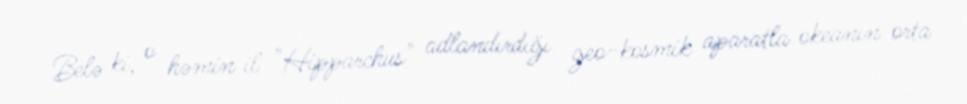
Belə ki, o həmin il "Hipparchus" adlandırdığı geo-kosmik aparatla okeanın orta